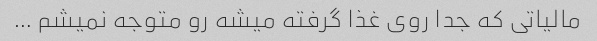
مالیاتی که جدا روی غذا گرفته میشه رو متوجه نمیشم …